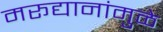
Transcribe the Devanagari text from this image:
मरूद्यानांमुळे